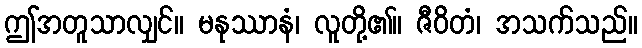
ဤအတူသာလျှင်။ မနုဿာနံ၊ လူတို့၏။ ဇီဝိတံ၊ အသက်သည်။